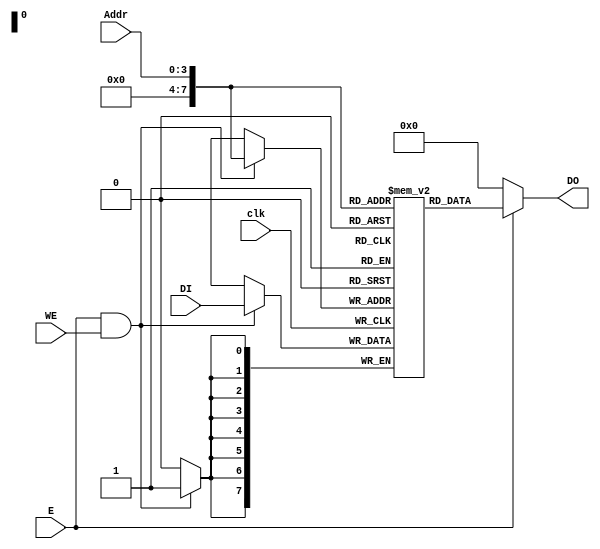
module DMem(
        input clk,
        input E, // Enable port 
        input WE, // Write enable port
        input [3:0] Addr, // Address port 
        input [7:0] DI, // Data input port
        output [7:0] DO // Data output port
    );

    reg [7:0] data_mem [255:0];

    always @(posedge clk) begin
        if(E==1 && WE ==1) 
        data_mem[Addr] <= DI;
    end
    assign DO = (E == 1) ? data_mem[Addr] : 0;

endmodule